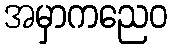
အမှာကညေဝ